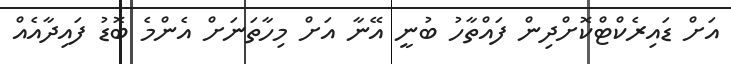
އަށް ޑައިރެކްޓްކޮށްދިން ފައްތާހު ބުނީ އޭނާ އަށް މިހާތަނަށް އެންމެ ބޮޑު ފައިދާއެއް